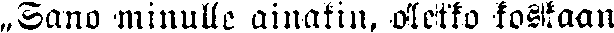
„Sano minulle ainakin, oletko koskaan